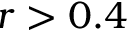
r > 0 . 4